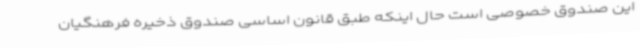
این صندوق خصوصی است حال اینکه طبق قانون اساسی صندوق ذخیره فرهنگیان